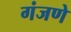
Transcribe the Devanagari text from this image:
गंजणे